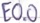
Text: E0.0